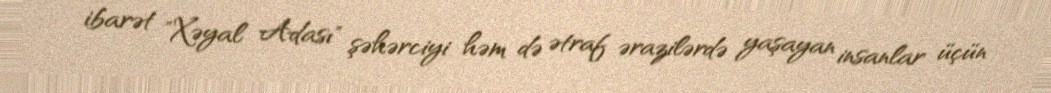
ibarət "Xəyal Adası" şəhərciyi həm də ətraf ərazilərdə yaşayan insanlar üçün